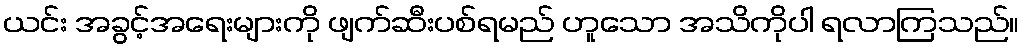
ယင်း အခွင့်အရေးများကို ဖျက်ဆီးပစ်ရမည် ဟူသော အသိကိုပါ ရလာကြသည်။